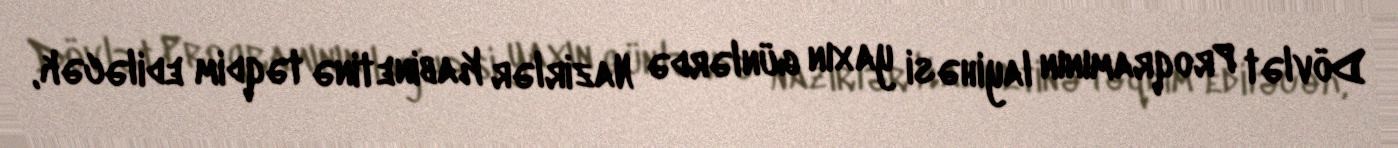
Dövlət Proqramının layihəsi yaxın günlərdə Nazirlər Kabinetinə təqdim ediləcək,